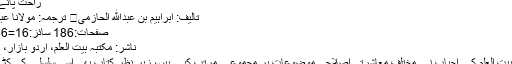
راحت پانے والے
تالیف: ابراہیم بن عبدالله الحازمی ترجمہ: مولانا عبدالماجد
صفحات:186 سائز:23x36=16
ناشر: مکتبہ بیت العلم، اردو بازار، کراچی
مکتبہ بیت العلم کے احباب نے مختلف معاشرتی اصلاحی موضوعات پر مجموعے مرتب کیے ہیں، زیر نظر کتاب بھی اسی سلسلے کی کڑی ہے۔